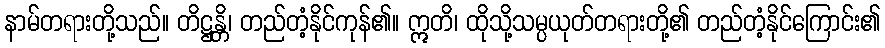
နာမ်တရားတို့သည်။ တိဋ္ဌန္တိ၊ တည်တံ့နိုင်ကုန်၏။ ဣတိ၊ ထိုသို့သမ္ပယုတ်တရားတို့၏ တည်တံ့နိုင်ကြောင်း၏